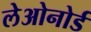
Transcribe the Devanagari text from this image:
लेओनोर्ड